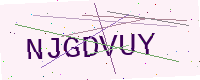
Text: NJGDVUY